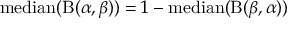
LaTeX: \operatorname { m e d i a n } ( \mathrm { B } ( \alpha , \beta ) ) = 1 - \operatorname { m e d i a n } ( \mathrm { B } ( \beta , \alpha ) )